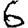
Digit: 6